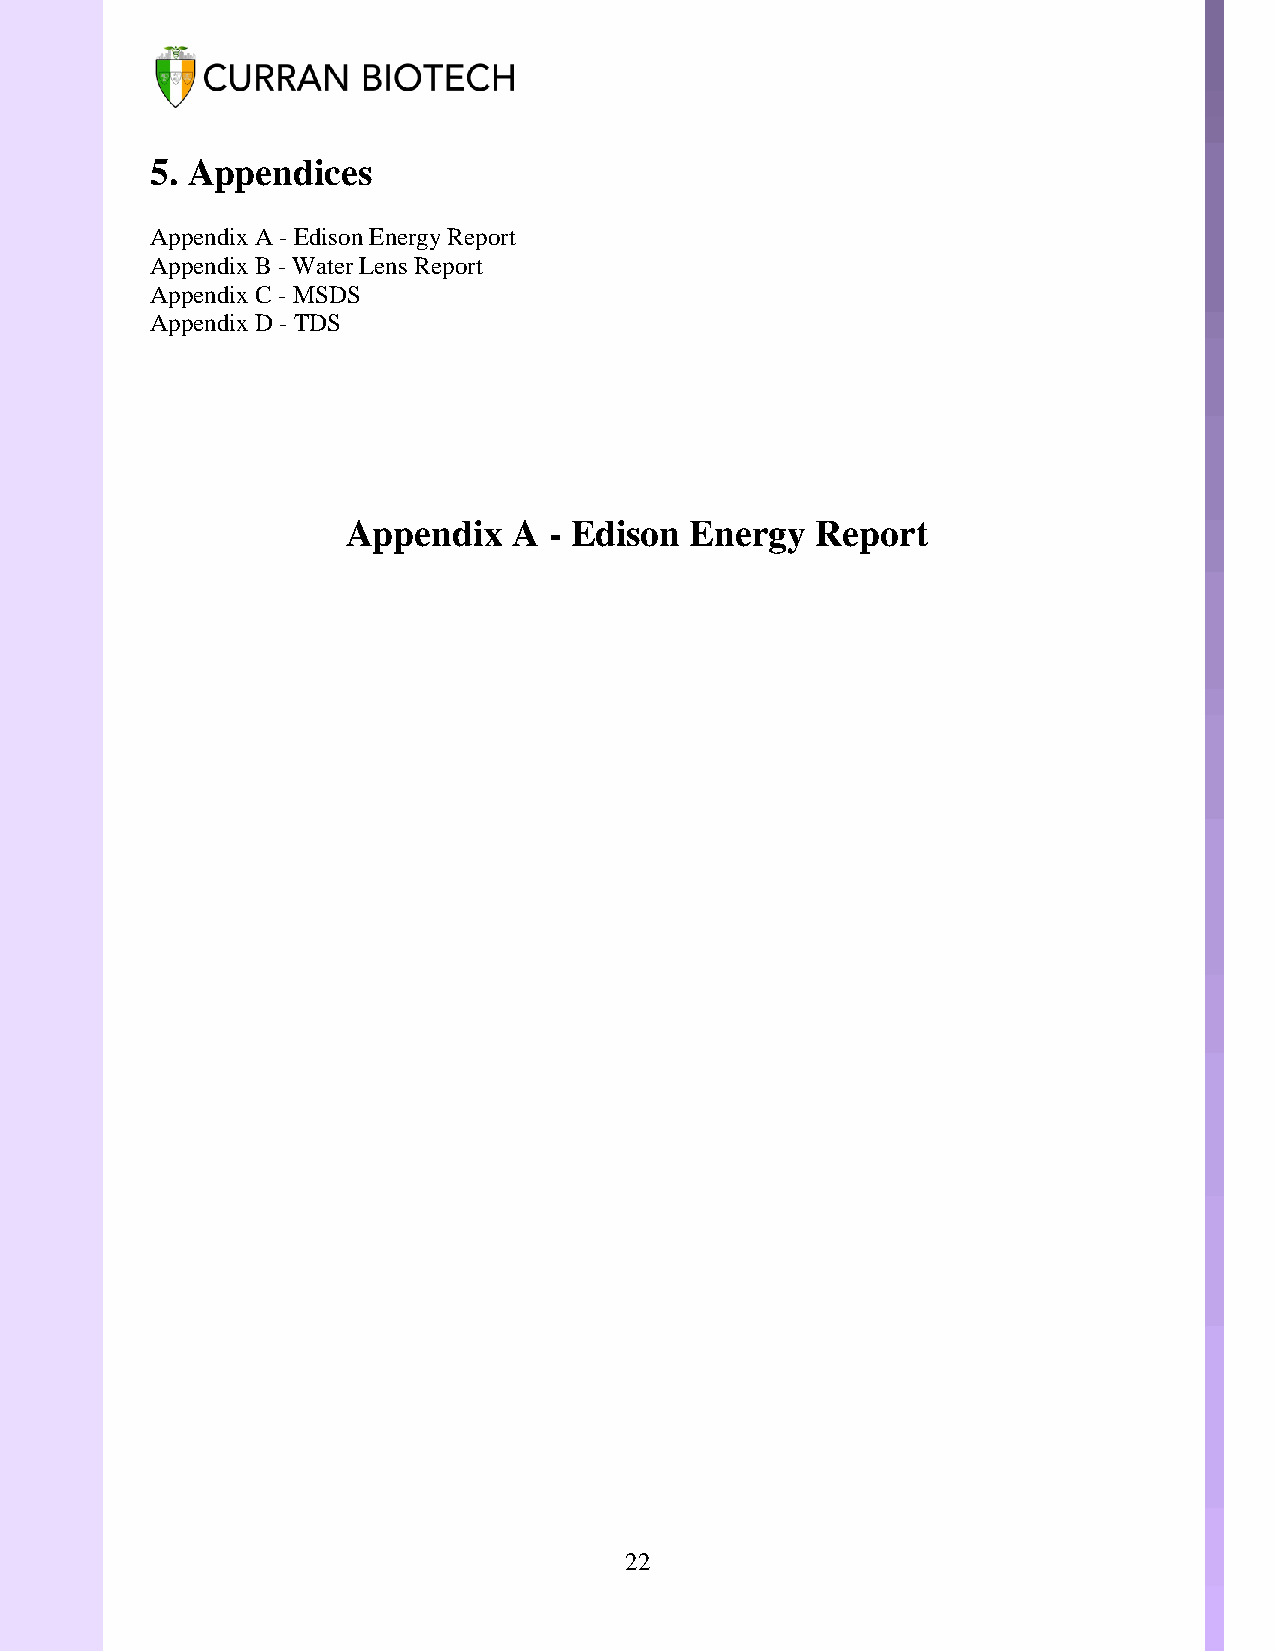
5. Appendices
 Appendix A - Edison Energy Report
 Appendix B - Water Lens Report
 Appendix C - MSDS
 Appendix D - TDS
 Appendix   A - Edison  Energy  Report
 22